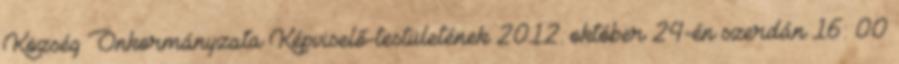
Község Önkormányzata Képviselő-testületének 2012. október 24-én szerdán 16: 00